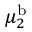
\mu _ { 2 } ^ { \mathrm { b } }